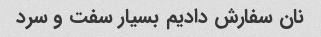
نان سفارش دادیم بسیار سفت و سرد